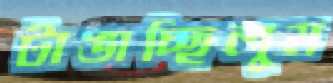
টাঙাচ্ছিলুম